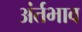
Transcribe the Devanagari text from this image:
अंर्तभाव